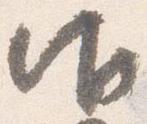
御